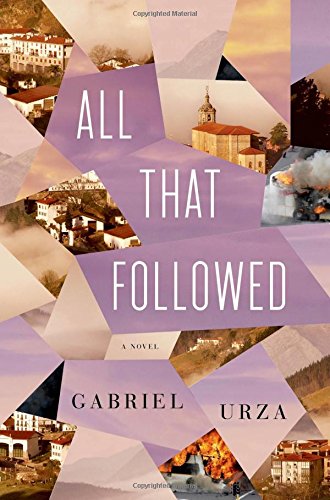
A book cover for All That Followed: A Novel; Gabriel Urza; Literature & Fiction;